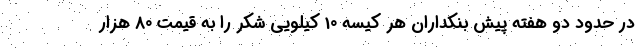
در حدود دو هفته پیش بنکداران هر کیسه 10 کیلویی شکر را به قیمت 80 هزار